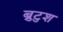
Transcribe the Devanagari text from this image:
ब्रुटुश